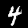
Label: 4